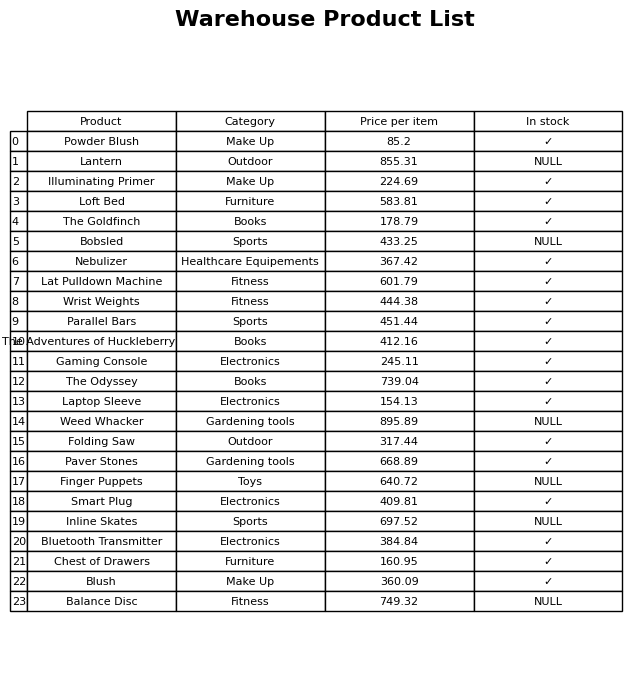
question: Which products are currently out of stock?
answer: Lantern, Bobsled, Weed Whacker, Finger Puppets, Inline Skates, Balance Disc